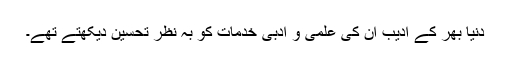
دنیا بھر کے ادیب ان کی علمی و ادبی خدمات کو بہ نظر تحسین دیکھتے تھے۔